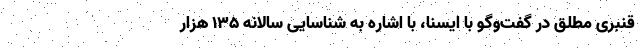
قنبری مطلق در گفت‌وگو با ایسنا، با اشاره به شناسایی سالانه ۱۳۵ هزار